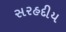
સરહદીય